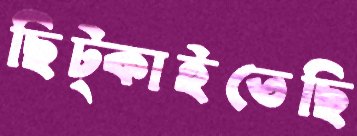
ছিট্‌কাইতেছি